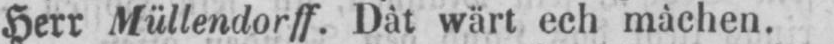
Herr Müllendorff. Dât wärt ech màchen.